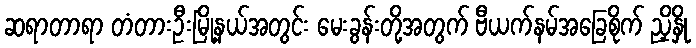
ဆရာတာရာ တံတားဦးမြို့နယ်အတွင်း မေးခွန်းတို့အတွက် ဗီယက်နမ်အခြေစိုက် ညှိနှို